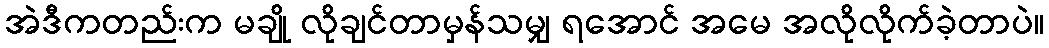
အဲဒီကတည်းက မချို လိုချင်တာမှန်သမျှ ရအောင် အမေ အလိုလိုက်ခဲ့တာပဲ။